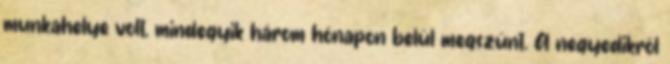
munkahelye volt, mindegyik három hónapon belül megszünt. A negyedikről